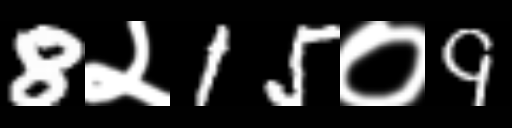
Text: 8२15०9